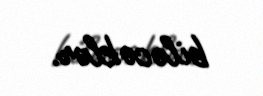
biləcəklər.